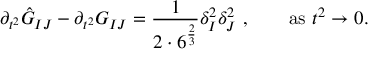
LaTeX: \partial _ { t ^ { 2 } } \hat { G } _ { I J } - \partial _ { t ^ { 2 } } G _ { I J } = { \frac { 1 } { 2 \cdot 6 ^ { \frac { 2 } { 3 } } } } \delta _ { I } ^ { 2 } \delta _ { J } ^ { 2 } \ , \qquad \mathrm { a s } \ t ^ { 2 } \rightarrow 0 .